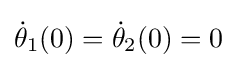
{\dot {\theta }}_{1}(0)={\dot {\theta }}_{2}(0)=0